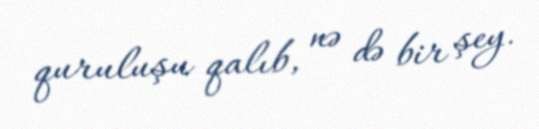
quruluşu qalıb, nə də bir şey.